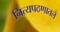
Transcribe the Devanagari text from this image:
नित्यपठणातले